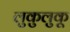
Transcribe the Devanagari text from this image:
लुकुलुकू